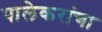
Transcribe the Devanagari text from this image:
पालेकरांचा